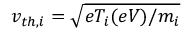
v _ { t h , i } = \sqrt { e T _ { i } ( e V ) / m _ { i } }